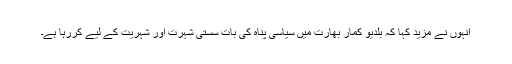
انہوں نے مزید کہا کہ بلدیو کمار بھارت میں سیاسی پناہ کی بات سستی شہرت اور شہریت کے لیے کررہا ہے۔